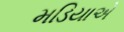
મડિયાએ